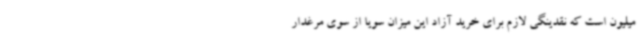
میلیون است که نقدینگی لازم برای خرید آزاد این میزان سویا از سوی مرغدار